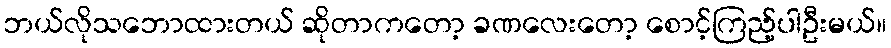
ဘယ်လိုသဘောထားတယ် ဆိုတာကတော့ ခဏလေးတော့ စောင့်ကြည့်ပါဦးမယ်။